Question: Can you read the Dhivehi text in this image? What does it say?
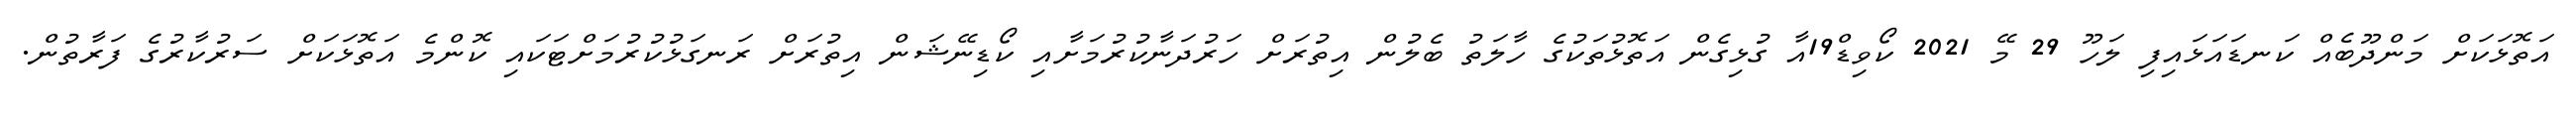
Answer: އަތޮޅަކަށް މަންދޫބެއް ކަނޑައަޅައިފި ލަހޫ 29 މޭ 2021 ކޯވިޑް19އާ ގުޅިގެން އަތޮޅުތަކުގެ ހާލަތު ބެލުން އިތުރަށް ހަރުދަނާކުރުމަށާއި ކޯޑިނޭޝަން އިތުރަށް ރަނގަޅުކުރުމަށްޓަކައި ކޮންމެ އަތޮޅަކަށް ސަރުކާރުގެ ފަރާތުން.